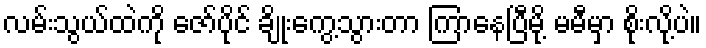
လမ်းသွယ်ထဲကို ဇော်ပိုင် ချိုးကွေ့သွားတာ ကြာနေပြီမို့ မမီမှာ စိုးလို့ပဲ။